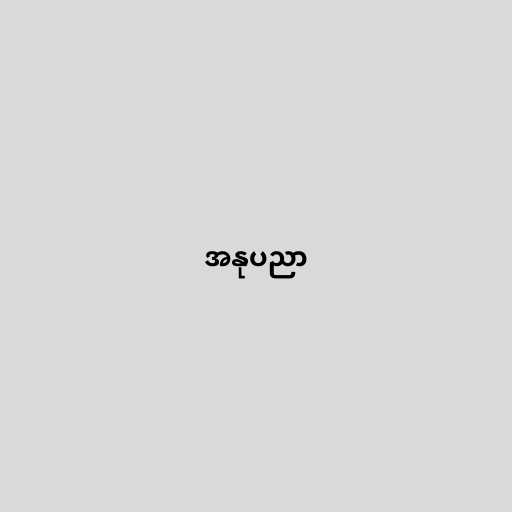
အနုပညာ